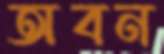
অবন